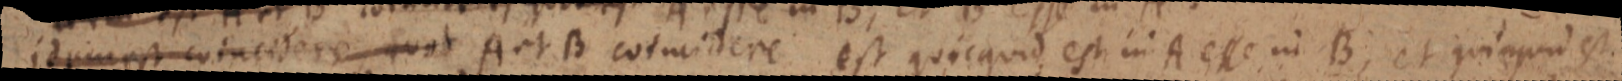
id non est coincidere _ A et B coincidere est quicquid est in A esse in B, et quicquid est